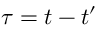
\tau = t - t ^ { \prime }